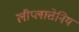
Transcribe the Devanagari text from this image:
लीप्लात्तेनिय